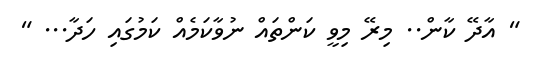
" އާދޭ ކާން.. މިރޭ މިވީ ކަންތައް ނުވާކަމެއް ކަމުގައި ހަދާ... "